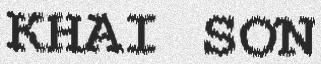
KHAI SƠN